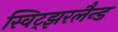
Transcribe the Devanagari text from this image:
स्विट्झरलैन्ड